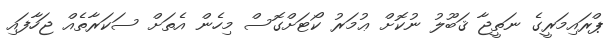
ޕްރައިމަރީގެ ނަތީޖާ ޤަބޫލު ނުކޮށް ޢުމަރު ކޯޓަށްގޮސް މިހެން އެތަށް ސަކަރާތެއް ޖަހާފައި